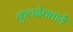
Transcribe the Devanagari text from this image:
कुलदेवतायै